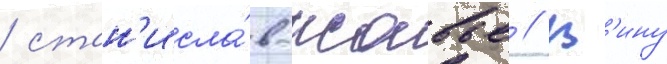
/ стан'исла́в-ксавье // В'ину